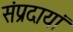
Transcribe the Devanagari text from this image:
संप्रदायां